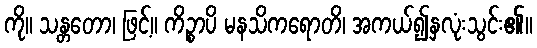
ကို။ သန္တတော၊ ဖြင့်။ ကိဉ္စာပိ မနသိကရောတိ၊ အကယ်၍နှလုံးသွင်း၏။